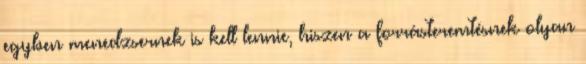
egyben menedzsernek is kell lennie, hiszen a forrásteremtésnek olyan